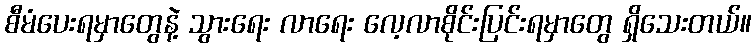
စီမံပေးရမှာတွေနဲ့ သွားရေး လာရေး လေ့လာစိုင်းပြင်းရမှာတွေ ရှိသေးတယ်။